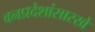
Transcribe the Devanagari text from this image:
वनप्रदेशांसारखे